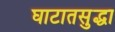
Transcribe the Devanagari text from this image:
घाटातसुद्धा